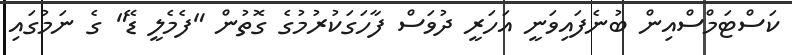
ކަސްޓަމްސްއިން ބުނެފައިވަނީ އަހަރީ ދުވަސް ފާހަގަކުރުމުގެ ގޮތުން "ފެމެލީ ޑޭ" ގެ ނަމުގައި